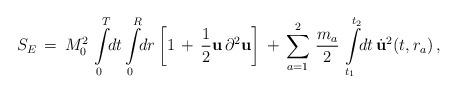
LaTeX: \begin{align*}S_{E}\,=\,M_{0}^{2}\,\int\limits_{0}^{T}\!\! dt\int\limits_{0}^{R}\!\!dr\left[1\,+\,\frac{1}{2}{\bf u}\,\partial^{2}{\bf u}\right]\,+\,\sum_{a=1}^{2}\,\frac{m_a}{2}\,\int\limits_{t_1}^{t_2}\!\!dt\,{\dot{\bf u}}^2(t,r_a)\,{,}\end{align*}